Scottish Leaving Certificate Examination, 1956
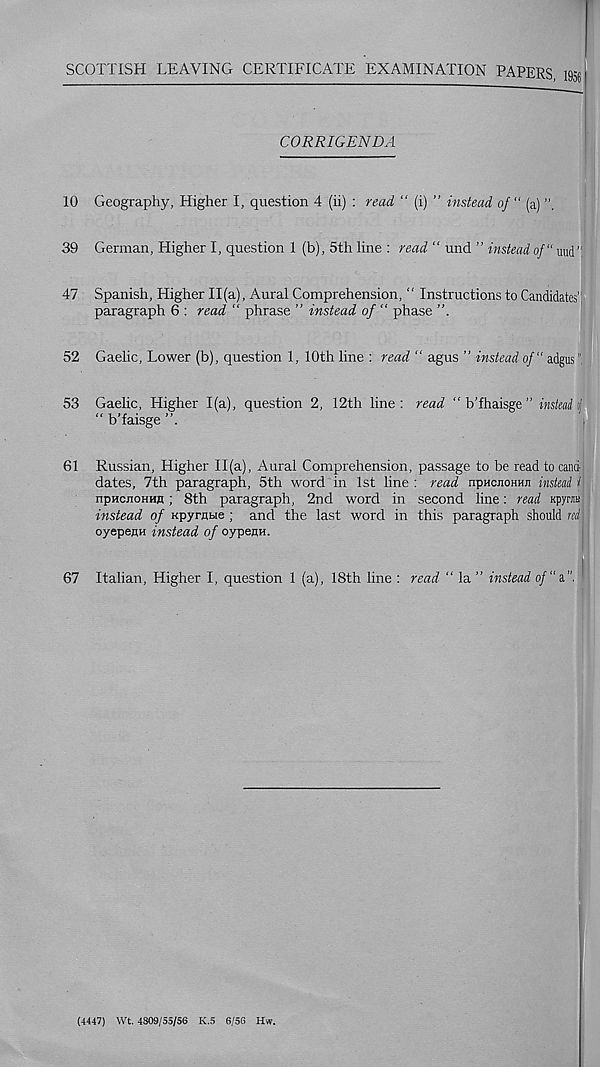
SCOTTISH LEAVING CERTIFICATE EXAMINATION PAPERS, 1956
CORRIGENDA
10 Geography, Higher I, question 4 (ii) : read “ (i) ” instead of “ (a) ”,
39 German, Higher I, question 1 (b), 5th line : read “ und ” instead of" uud”.
47 Spanish, Higher 11(a), Aural Comprehension, “ Instructions to Candidates'!
paragraph 6 : read “ phrase ” instead of “ phase
52 Gaelic, Lower (b), question 1, 10th line : read “ agus ” instead of" adgus",
53 Gaelic, Higher 1(a), question 2, 12th line : read “ b’fhaisge ” instead ij
“ b’faisge
61 Russian, Higher 11(a), Aural Comprehension, passage to be read to cand-
dates, 7th paragraph, 5th word in 1st line : read npHcnoHHn instead i
npHcnoHra ; 8th paragraph, 2nd word in second line: read apyrau
instead of npyrnae ; and the last word in this paragraph should red
oyepeMH instead of cypera.
67 Italian, Higher I, question 1 (a), 18th line : read “ la ” instead
(4447) Wt. 4809/55/56 K.5 6/56 Hw.